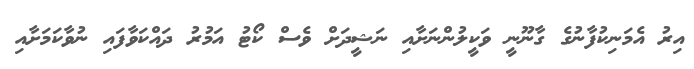
އިރު އެމަނިކުފާނުގެ ގާނޫނީ ވަކީލުންނަށާއި ނަޝީދަށް ވެސް ކޯޓު އަމުރު ދައްކަވާފައި ނުވާކަމަށާއި